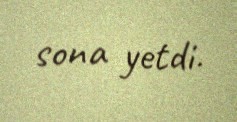
sona yetdi.